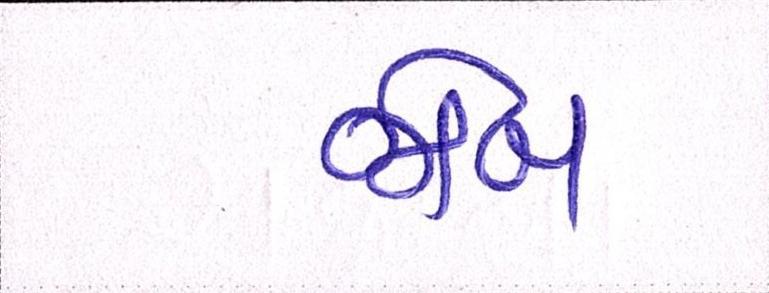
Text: જોબ